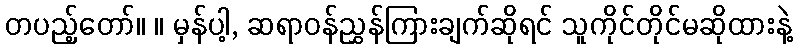
တပည့်တော်။ ။ မှန်ပါ့, ဆရာဝန်ညွှန်ကြားချက်ဆိုရင် သူကိုင်တိုင်မဆိုထားနဲ့